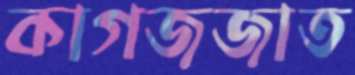
কাগজজাত